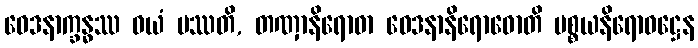
ဝေဒနာက္ခန္ဓဿ ဝယံ ပဿတိ, တဏှာနိရောဓာ ဝေဒနာနိရောဓောတိ ပစ္စယနိရောဓဋ္ဌေန